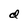
Character: d